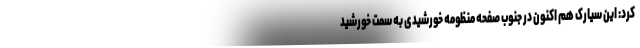
کرد: این سیارک هم اکنون در جنوب صفحه منظومه خورشیدی به سمت خورشید